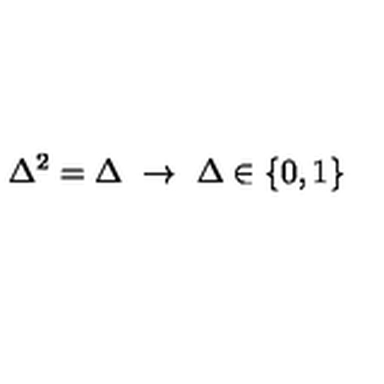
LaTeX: \Delta ^ { 2 } = \Delta \ \rightarrow \ \Delta \in \{ 0 , 1 \}